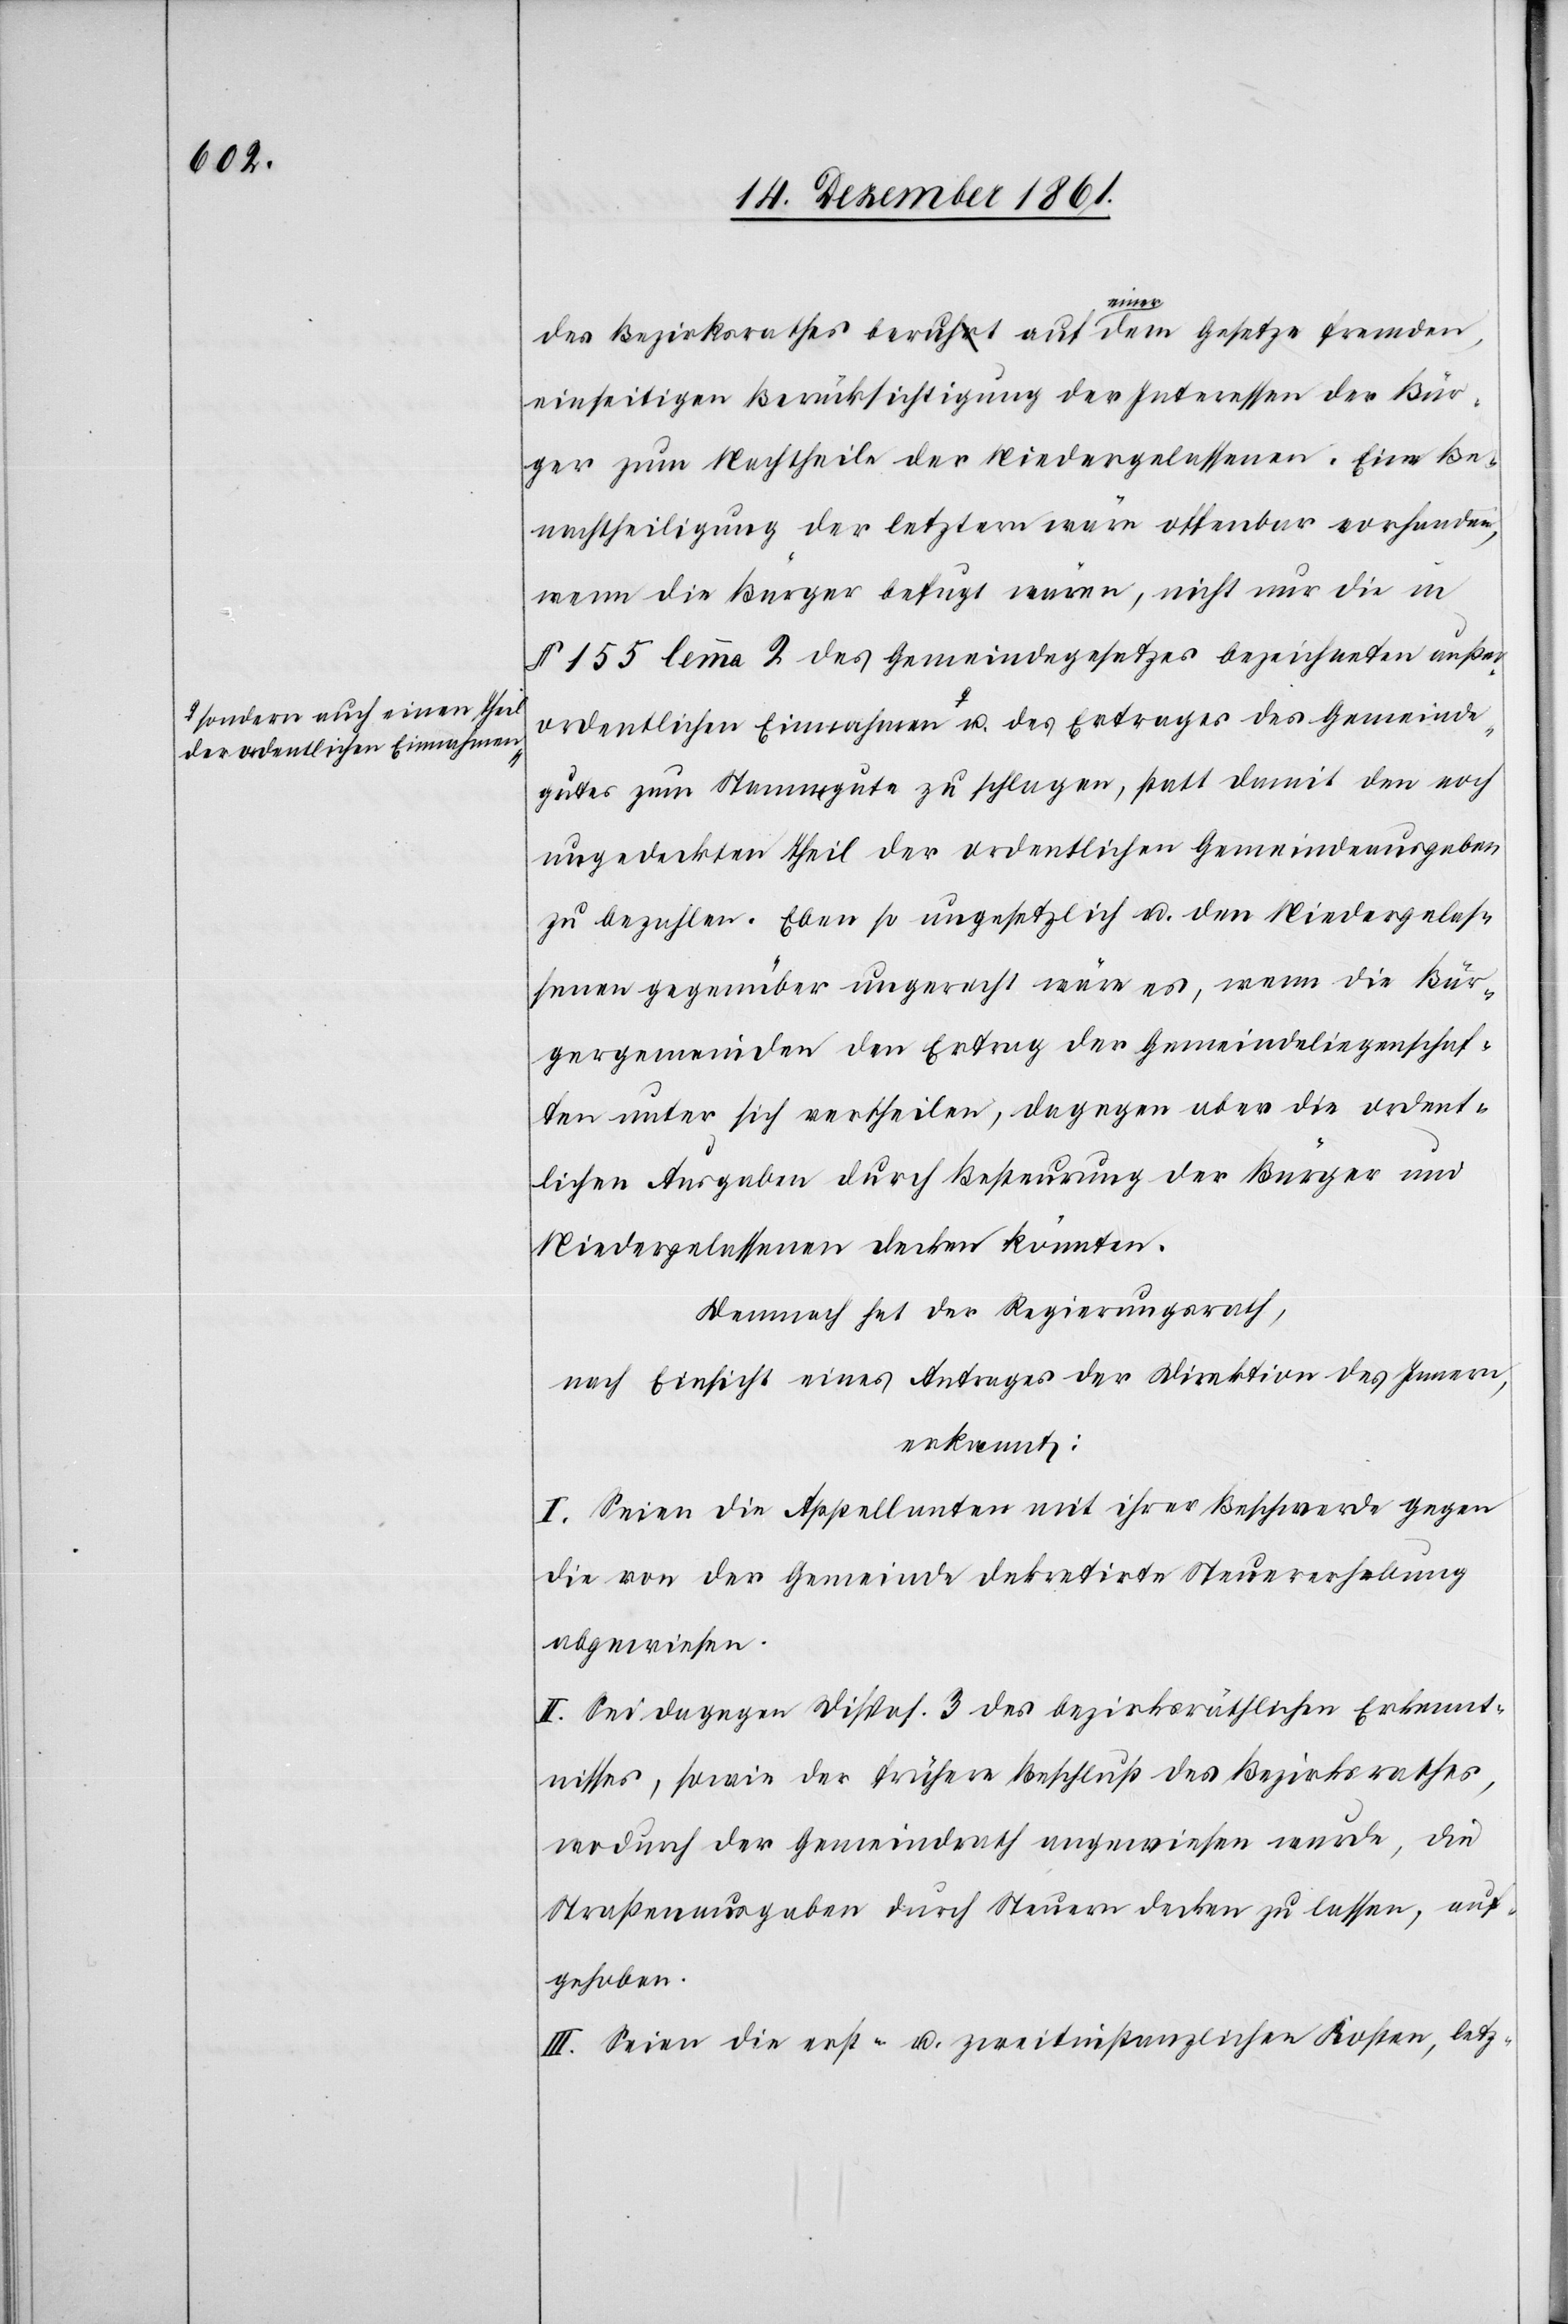
a-sondern auch einen Theil
erordentlichen Einnahmen

des Bezirksrathes beruht auf einer dem Gesetze fremden,
einseitigen Berücksichtigung der Interessen der Bür¬
ger zum Nachtheile der Niedergelassenen. Eine Be¬
nachtheiligung der letztern wäre offenbar vorhanden,
wenn die Bürger befugt wären, nicht nur die in
§ 155 lemma 2 des Gemeindegesetzes bezeichneten auß¬
ordentlichen Einnahmen-a u. des Ertrages des Gemeinde¬
gutes zum Stammgute zu schlagen, statt damit den noch
ungedeckten Theil der ordentlichen Gemeindsausgaben
zu bezahlen. Eben so ungesetzlich u. den Niedergelas¬
senen gegenüber ungerecht wäre es, wenn die Bür¬
gergemeinden den Ertrag der Gemeindeliegenschaf¬
ten unter sich vertheilen, dagegen aber die ordent¬
lichen Ausgaben durch Besteurung der Bürger und
Niedergelassenen decken könnten.
Demnach hat der Regierungsrath,
nach Einsicht eines Antrages der Direktion des Innern,
erkennt:
I. Seien die Appellanten mit ihrer Beschwerde gegen
die von der Gemeinde dekretirte Steuererhebung
abgewiesen.
II. Sei dagegen Dispos. 3 des bezirksräthlichen Erkennt¬
nisses, sowie der frühere Beschluß des Bezirksrathes,
wodurch der Gemeindrath angewiesen wurde, die
Straßenausgaben durch Steuern decken zu lassen, auf¬
gehoben.
III. Seien die erst- u. zweitinstanzlichen Kosten, letz-